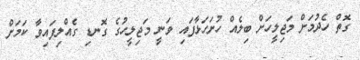
ގޮތް ހެދުމަށް މަޖިލީހަށް ބިލެއް ހުށަހަޅާފައި ވަނީ މަޖިލީހުގެ ގޮނޑި ގެއްލިފައިވާ ކަމަށް